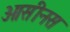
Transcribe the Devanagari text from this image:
ओसीनस